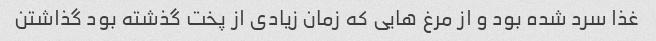
غذا سرد شده بود و از مرغ هایی که زمان زیادی از پخت گذشته بود گذاشتن